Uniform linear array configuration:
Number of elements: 24
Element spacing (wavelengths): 0.5
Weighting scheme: hamming
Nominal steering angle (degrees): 0
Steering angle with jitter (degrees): -1.75
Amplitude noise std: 0.05
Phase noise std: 0.05

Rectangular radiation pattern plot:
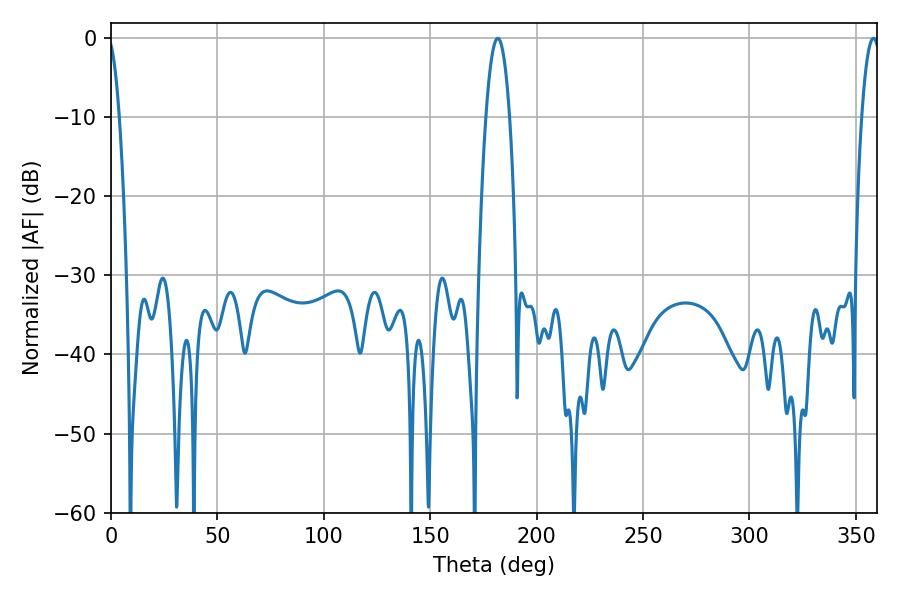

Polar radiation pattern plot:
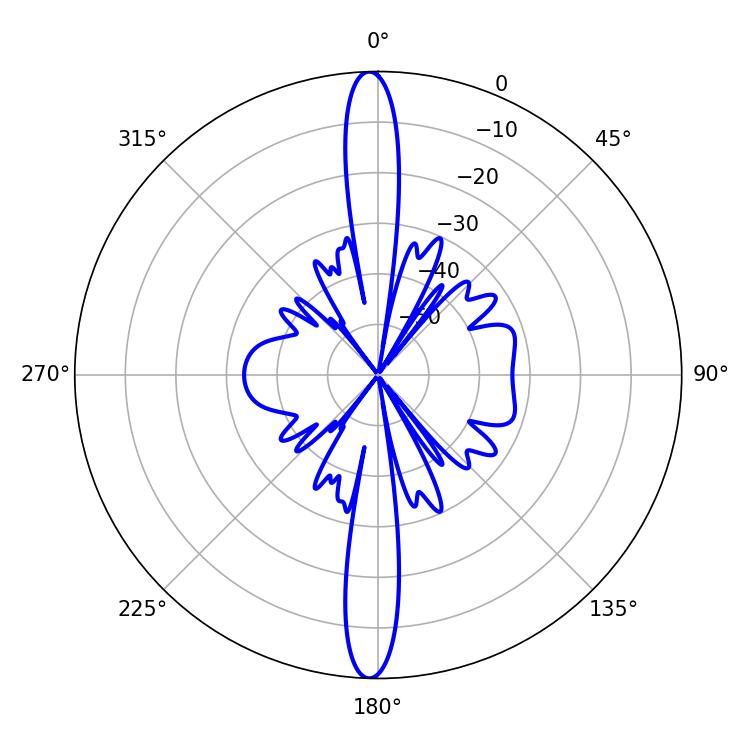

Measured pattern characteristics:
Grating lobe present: FALSE
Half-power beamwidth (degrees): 6.12
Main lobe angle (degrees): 181.8